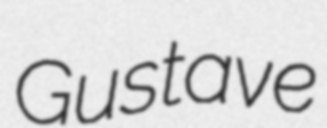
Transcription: Gustave